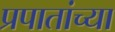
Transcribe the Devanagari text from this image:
प्रपातांच्या